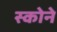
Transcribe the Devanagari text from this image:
स्कोने